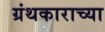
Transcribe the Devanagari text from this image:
ग्रंथकाराच्या